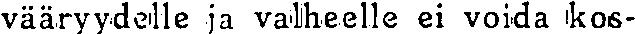
vääryydelle ja valheelle ei voida kos-